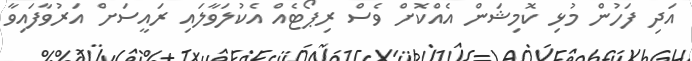
އަދި ފަހުން މުޅި ކޮމިޝަން އެއްކޮށް ވެސް ރިޕޯޓެއް އެކުލަވާލައި ރައީސަށް އަރުވާފައިވާ